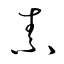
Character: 素